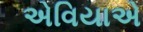
એવિયાએ